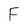
Character: F